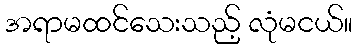
အရာမထင်သေးသည့် လုံမငယ်။